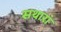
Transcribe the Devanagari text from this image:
सथारां